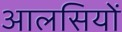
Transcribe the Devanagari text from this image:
आलसियों